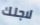
لاجلك